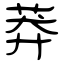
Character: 莽